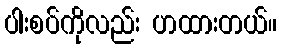
ပါးစပ်ကိုလည်း ဟထားတယ်။